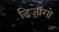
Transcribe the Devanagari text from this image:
डिजांगो